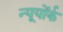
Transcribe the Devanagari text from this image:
न्यूयोंर्क